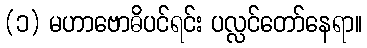
(၁) မဟာဗောဓိပင်ရင်း ပလ္လင်တော်နေရာ။